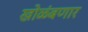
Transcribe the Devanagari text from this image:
खोळंबणार